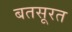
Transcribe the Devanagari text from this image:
बतसूरत